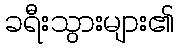
ခရီးသွားများ၏